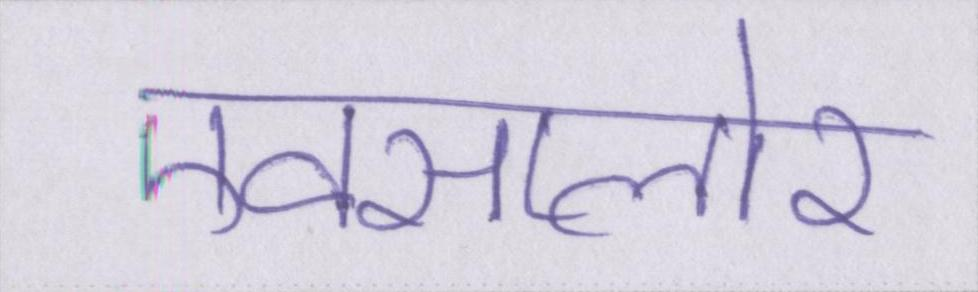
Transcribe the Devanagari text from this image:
एक्सप्लोर